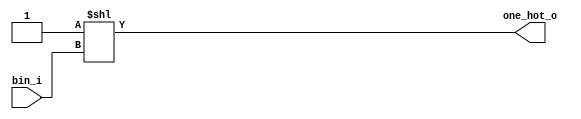
`timescale 1ns / 1ps
//////////////////////////////////////////////////////////////////////////////////
// Company: -
// 
// Design Name: Binary to one hot code
// Module Name: one_hot
// Project Name: Binary to one hot code
// Target Devices: 
// Tool Versions: 
// Description: 
// 
// Dependencies: 
// 
// Revision:
// Revision 0.01 - File Created
// Additional Comments:
// 
//////////////////////////////////////////////////////////////////////////////////


module one_hot#(
    parameter binary_word = 4,
    parameter one_hot_word = 16
)(
    input wire [binary_word-1:0] bin_i,
    output wire [one_hot_word-1:0] one_hot_o
    );
    
    assign one_hot_o = 1'b1<<bin_i;
    
endmodule